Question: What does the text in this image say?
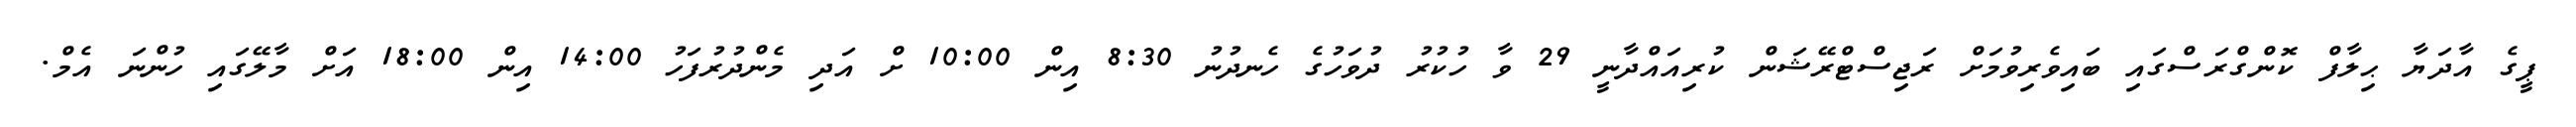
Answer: ޕީގެ އާދަޔާ ޙިލާފް ކޮންގްރަސްގައި ބައިވެރިވުމަށް ރަޖިސްޓްރޭޝަން ކުރިއައްދާނީ 29 ވާ ހުކުރު ދުވަހުގެ ހެނދުނު 8:30 އިން 10:00 ށް އަދި މެންދުރުފަހު 14:00 އިން 18:00 އަށް މާލޭގައި ހުންނަ އެމް.